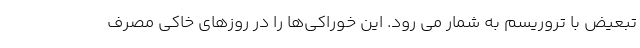
تبعیض با تروریسم به شمار می رود. این خوراکی‌ها را در روزهای خاکی مصرف